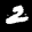
Label: 2